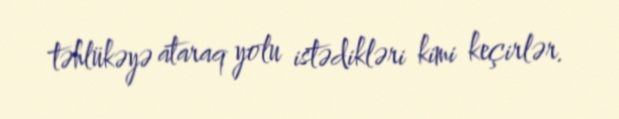
təhlükəyə ataraq yolu istədikləri kimi keçirlər.